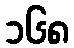
၁၆၈